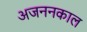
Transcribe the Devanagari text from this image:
अजननकाल